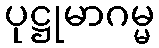
ပုဋ္ဌုမာဂမ္မ